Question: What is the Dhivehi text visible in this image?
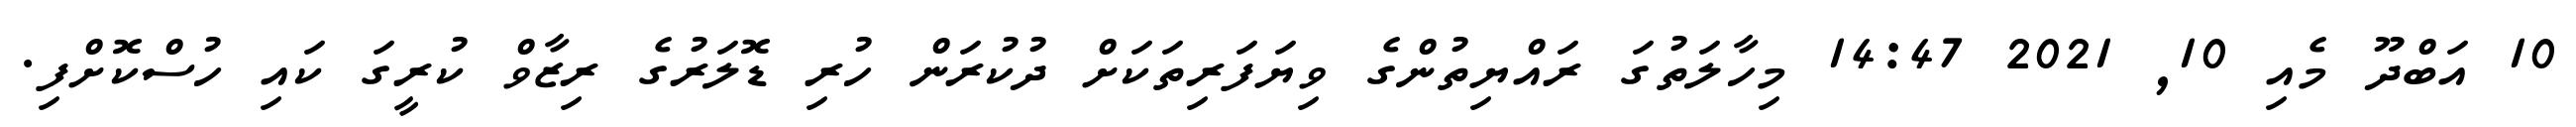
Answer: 10 އަބްދޫ މެއި 10, 2021 14:47 މިހާލަތުގަ ރައްޔިތުންގެ ވިޔަފަރިތަކަށް ދުކުރަން ހުރި ޑޮލަރުގެ ރިޒާވް ކުރީގަ ކައި ހުސްކޮށްފި.